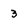
Character: 3